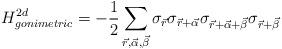
LaTeX: \begin{align*}H_{gonimetric}^{2d}=- \frac{1}{2} \sum_{\vec{r},\vec{\alpha},\vec{\beta}}\sigma_{\vec{r}}\sigma_{\vec{r}+\vec{\alpha}} \sigma_{\vec{r}+\vec{\alpha}+\vec{\beta}}\sigma_{\vec{r}+\vec{\beta}}\end{align*}